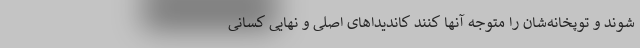
شوند و توپخانه‌شان را متوجه آنها کنند کاندیداهای اصلی و نهایی کسانی